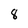
Character: 8